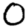
Digit: 0